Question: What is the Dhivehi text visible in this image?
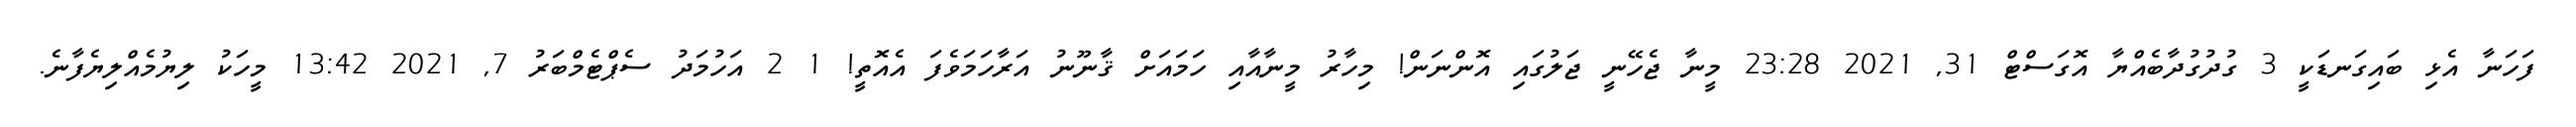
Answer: ފަހަނާ އެޅި ބައިގަނޑަކީ 3 ގުދުގުދާބެއްޔާ އޮގަސްޓް 31, 2021 23:28 މީނާ ޖެހޭނީ ޖަލުގައި އޮންނަން! މިހާރު މީނާއާއި ހަމައަށް ޤާނޫނު އަރާހަމަވެފަ އެއޮތީ! 1 2 އަހުމަދު ސެޕްޓެމްބަރު 7, 2021 13:42 މީހަކު ލިޔުމެއްލިޔެފާނެ.